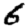
Digit: 6